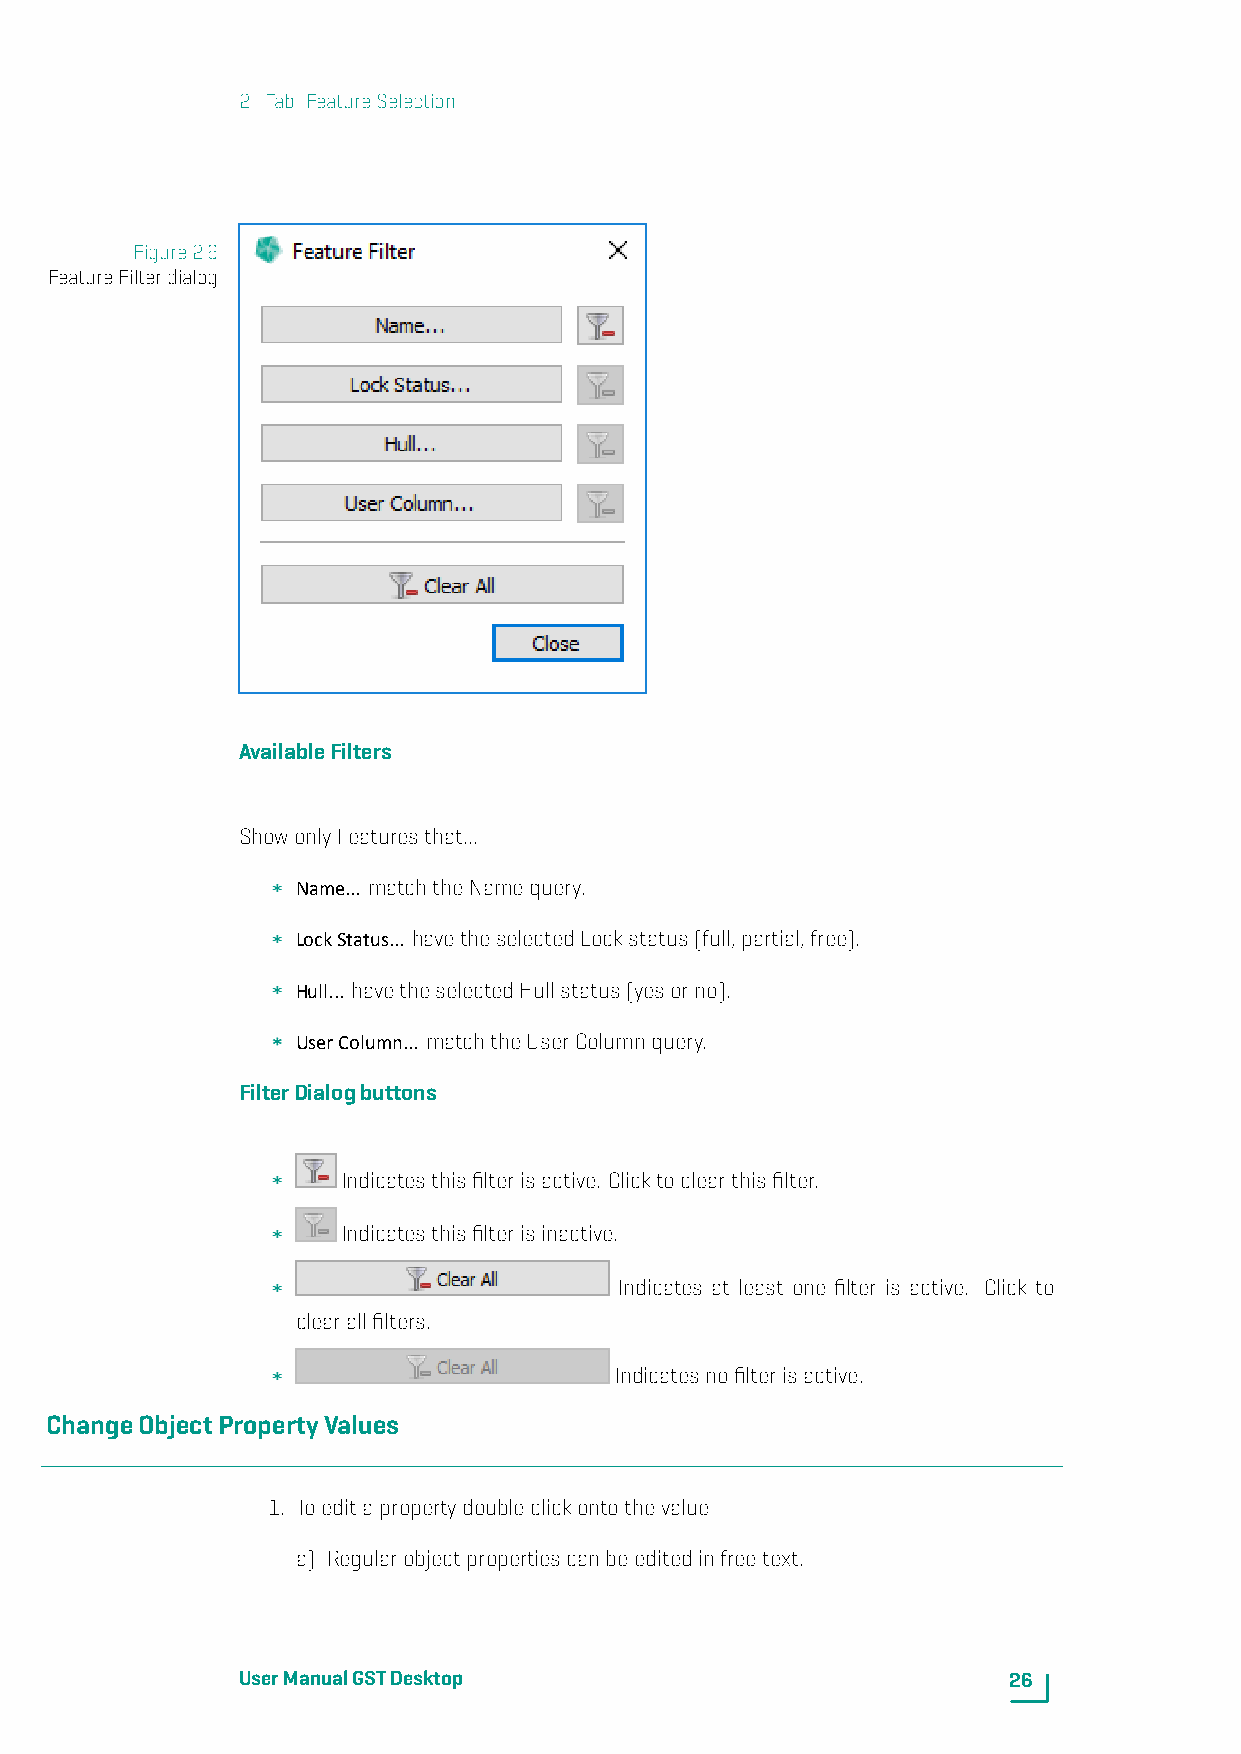
2. Tab: FeatureSelection
 Figure2.6
 FeatureFilterdialog
 AvailableFilters
 ShowonlyFeaturesthat...
 Name... matchtheNamequery.
 LockStatus... havetheselectedLockstatus(full,partial,free).
 Hull... havetheselectedHullstatus(yesorno).
 UserColumn... matchtheUserColumnquery.
 FilterDialogbuttons
 Indicatesthisfilterisactive. Clicktoclearthisfilter.
 Indicatesthisfilterisinactive.
 Indicates at least one filter is active. Click to
 clearallfilters.
 Indicatesnofilterisactive.
 ChangeObjectPropertyValues
 1. Toeditapropertydoubleclickontothevalue
 a) Regularobjectpropertiescanbeeditedinfreetext.
 UserManualGSTDesktop                               26